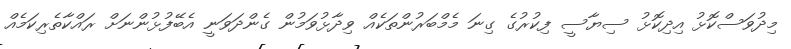
މިދުވަސްކޮޅު އިދިކޮޅު ސިޔާސީ ފިކުރުގެ ގިނަ މެމްބަރުންތަކެއް ވިދާޅުވަމުން ގެންދަވަނީ އެބޭފުޅުންނަށް ރައްކާތެރިކަމެއް